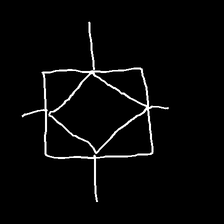
Glyph: light